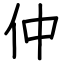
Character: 仲